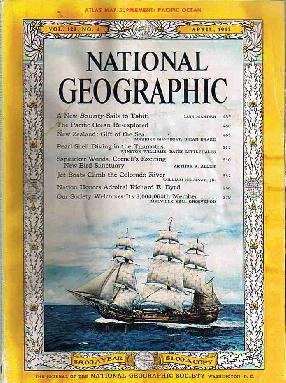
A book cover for National Geographic Magazine, April 1962 (Vol. 121, No. 4); Crafts, Hobbies & Home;